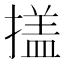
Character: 𭢕